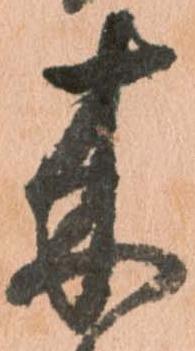
来